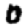
Digit: 0